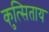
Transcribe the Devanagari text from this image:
कुत्सिताय